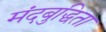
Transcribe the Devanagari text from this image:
मंदबुद्धिता